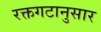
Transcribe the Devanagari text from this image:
रक्तगटानुसार